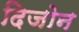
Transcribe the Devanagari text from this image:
दिजोन